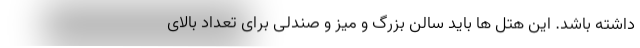
داشته باشد. این هتل ها باید سالن بزرگ و میز و صندلی برای تعداد بالای